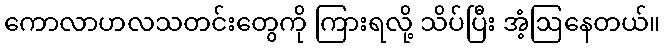
ကောလာဟလသတင်းတွေကို ကြားရလို့ သိပ်ပြီး အံ့ဩနေတယ်။